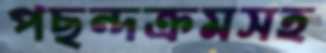
পছন্দক্রমসহ